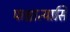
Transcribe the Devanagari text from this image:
पाश्चात्यासि